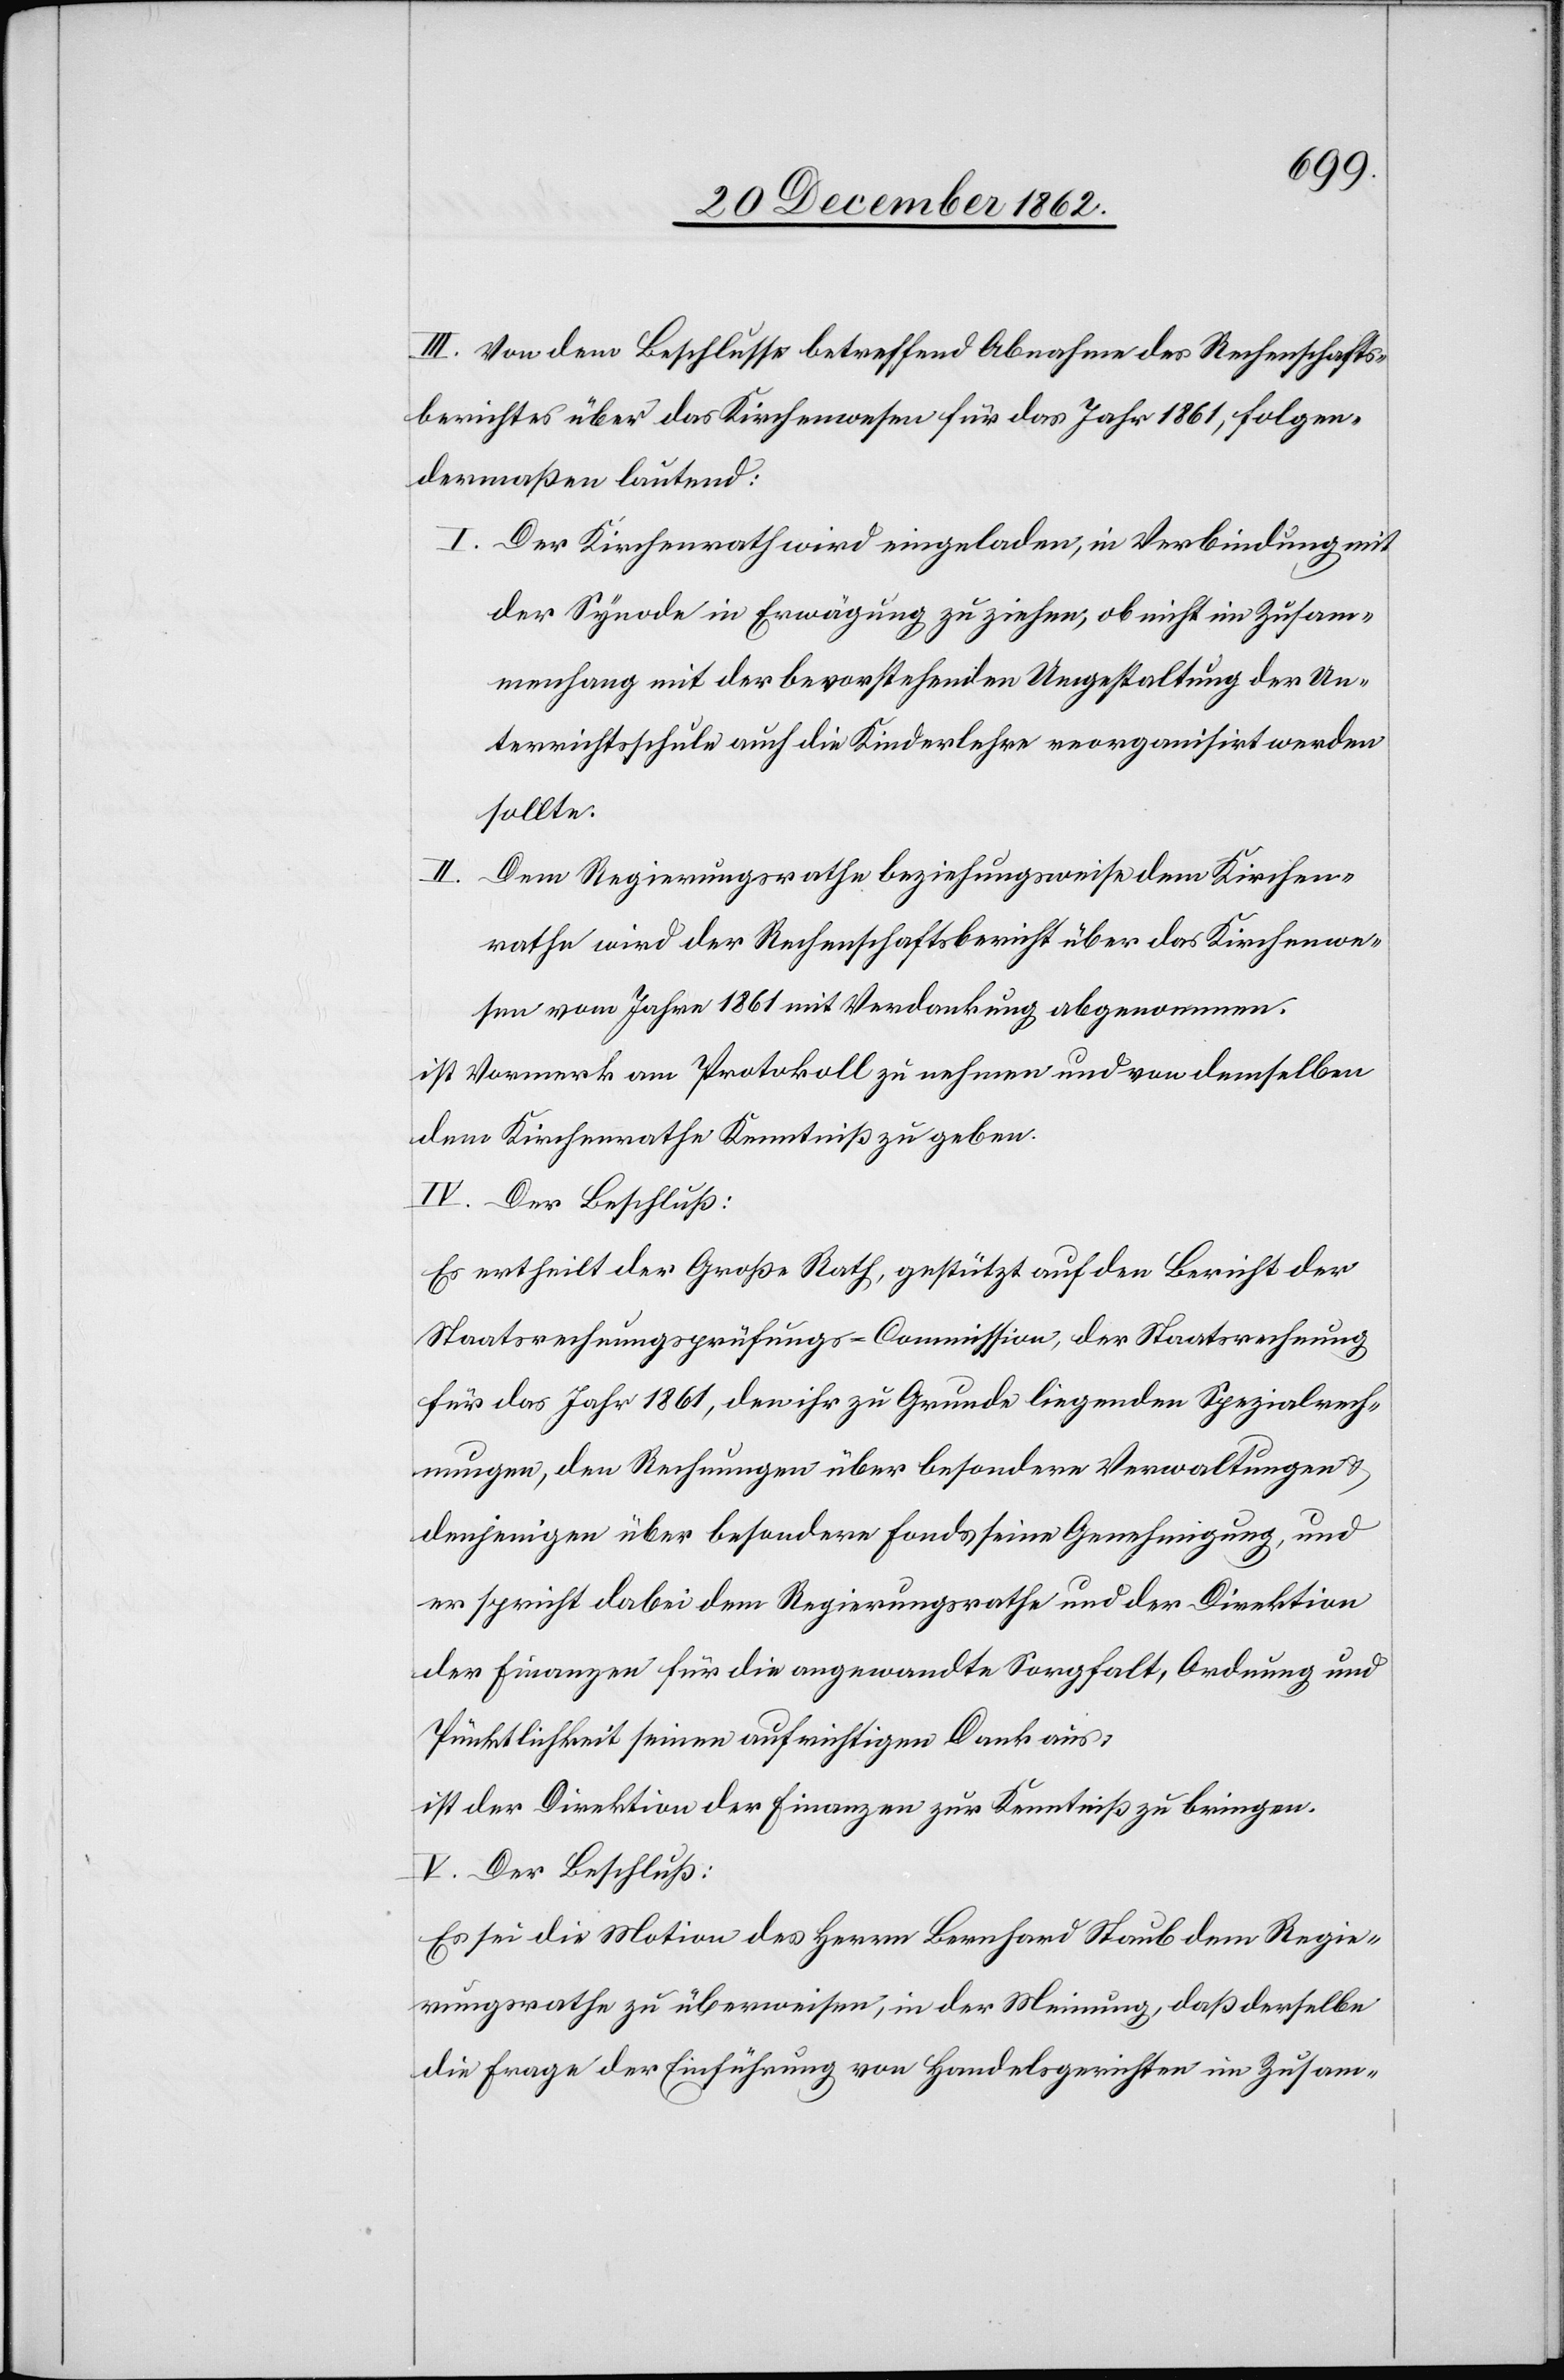
III. Von dem Beschlusse betreffend Abnahme des Rechenschafts¬
berichtes über das Kirchenwesen für das Jahr 1861, folgen¬
dermaßen lautend:
I. Der Kirchenrath wird eingeladen, in Verbindung mit
der Synode in Erwägung zu ziehen, ob nicht im Zusam¬
menhang mit der bevorstehenden Umgestaltung der Un¬
terrichtsschule auch die Kinderlehre reorganisirt werden
sollte.
Dem Regierungsrathe beziehungsweise dem Kirchen¬
rathe wird der Rechenschaftsbericht über das Kirchenwe¬
sen vom Jahre 1861 mit Verdankung abgenommen.
ist Vormerk am Protokoll zu nehmen und von demselben
dem Kirchenrathe Kenntniß zu geben.
IV. Der Beschluß:
Es ertheilt der Große Rath, gestützt auf den Bericht der
Staatsrechnungsprüfungs-Commission, der Staatsrechnung
für das Jahr 1861, den ihr zu Grunde liegenden Spezialrech¬
nungen, den Rechnungen über besondere Verwaltungen u.
denjenigen über besondere Fonds seine Genehmigung, und
er spricht dabei dem Regierungsrathe und der Direktion
der Finanzen für die angewandte Sorgfalt, Ordnung und
Pünktlichkeit seinen aufrichtigen Dank aus;
ist der Direktion der Finanzen zur Kenntniß zu bringen.
V. Der Beschluß:
Es sei die Motion des Herrn Bernhard Staub dem Regie¬
rungsrathe zu überweisen, in der Meinung, daß derselbe
die Frage der Einführung von Handelsgerichten im Zusam-